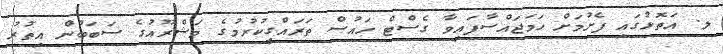
ލ. އަތޮޅުގައި ފެށުމަށް ހަމަޖައްސާފައިވާ ގެސްޓް ހައުސް ތަރައްގީކުރުމުގެ މަޝްރޫއުގެ ސަބަބުން އިތުރު